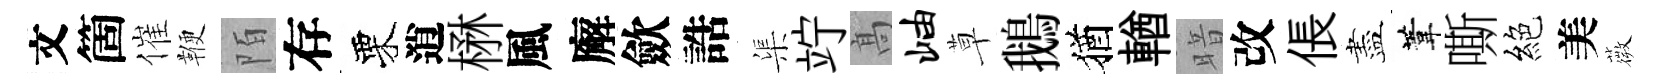
文箇催鞭陌存栗逍楙風廨歛誥渠竚髙岫草鵝猶輶暗改倀盡葦嘶絕美薇